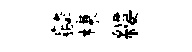
麟棟縷